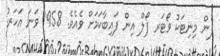
ފެން މިނިޓަކު ވޯޓަރ ފޯލް އިން ފައިބާކަމަށް ވެއެވެ. 1958 ވަނަ އަހަރު